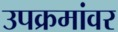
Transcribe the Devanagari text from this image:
उपक्रमांवर